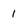
Character: 1